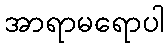
အာရာမရောပါ